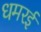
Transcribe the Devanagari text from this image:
धमरई